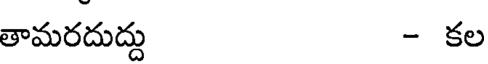
తామరదుద్దు - కల